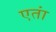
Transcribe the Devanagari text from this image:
एतां